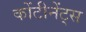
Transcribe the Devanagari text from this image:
कोंटीनेंट्स